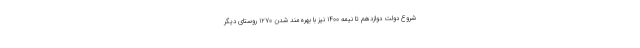
شروع دولت دوازدهم تا نیمه ۱۴۰۰ نیز با بهره‌مند شدن ۱۲۷۰ روستای دیگر